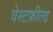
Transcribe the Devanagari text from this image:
वेस्टफ़ील्ड